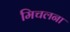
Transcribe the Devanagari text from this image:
मिचलना